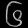
Digit: ၆